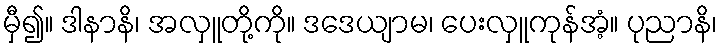
မှီ၍။ ဒါနာနိ၊ အလှူတို့ကို။ ဒဒေယျာမ၊ ပေးလှူကုန်အံ့။ ပုညာနိ၊